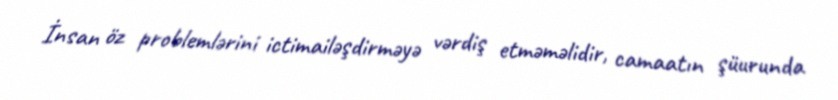
İnsan öz problemlərini ictimailəşdirməyə vərdiş etməməlidir, camaatın şüurunda